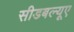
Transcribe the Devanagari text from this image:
सीडबल्यूए